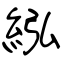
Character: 紭